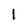
Character: 1